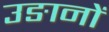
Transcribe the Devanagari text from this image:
उङानों